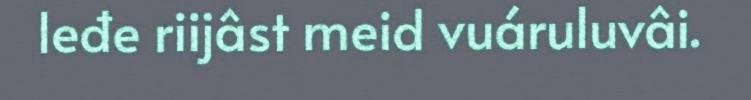
leđe riijâst meid vuáruluvâi.